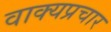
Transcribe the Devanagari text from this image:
वाक्यप्रचार